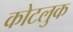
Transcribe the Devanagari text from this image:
कोटलुक